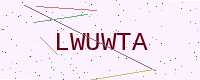
Text: LWUWTA